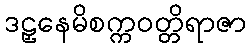
ဒဠှနေမိစက္ကဝတ္တိရာဇာ